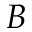
B